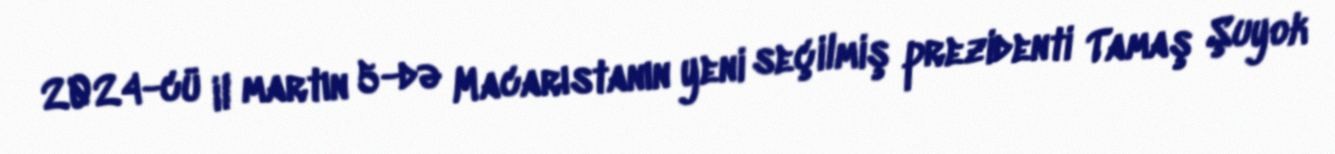
2024-cü il martın 5-də Macarıstanın yeni seçilmiş prezidenti Tamaş Şuyok